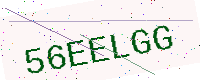
Text: 56EELGG